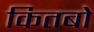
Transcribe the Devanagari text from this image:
कितबो